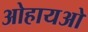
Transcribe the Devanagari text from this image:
ओहायओ